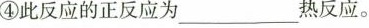
④此反应的正反应为___________________热反应。